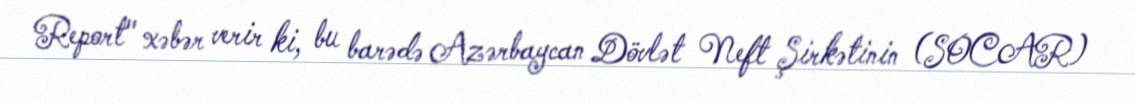
Report" xəbər verir ki, bu barədə Azərbaycan Dövlət Neft Şirkətinin (SOCAR)